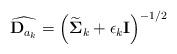
LaTeX: \begin{align*}\widehat{\mathbf{D}_{a_k}} = \left(\widetilde{\boldsymbol{\Sigma}}_k + \epsilon_k \mathbf{I}\right)^{-1/2}\end{align*}